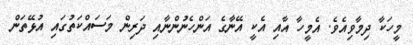
މީހަކާ ދިމާވިއެވެ. އެމީހާ އާއި އެކީ އޭނާގެ އަންހެނުންނާއި ދަރިން މަސައްކަތުގައި އުޅޭތަން